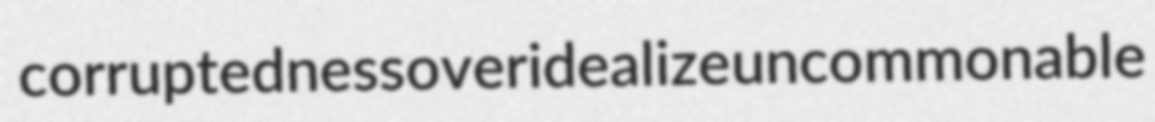
corruptedness overidealize uncommonable